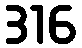
316